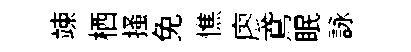
竦栖搔免憔廖鳶眠詠